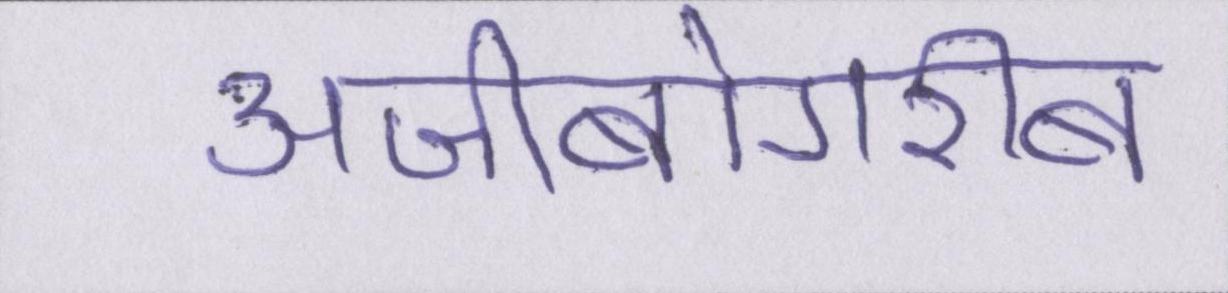
अजीबोगरीब